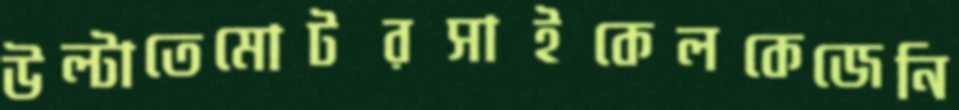
উল্টাতেমোটরসাইকেলকেজেনি